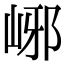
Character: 峫